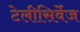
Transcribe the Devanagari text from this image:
टेलीसिर्वेज